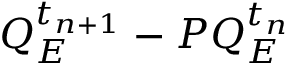
Q _ { E } ^ { t _ { n + 1 } } - P Q _ { E } ^ { t _ { n } }